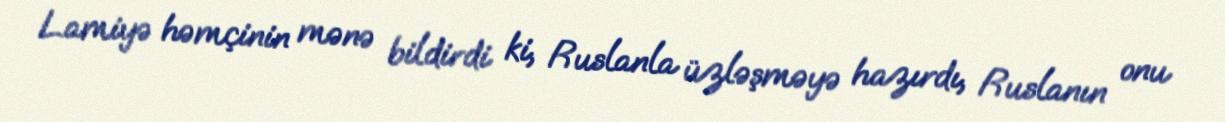
Lamiyə həmçinin mənə bildirdi ki, Ruslanla üzləşməyə hazırdı, Ruslanın onu